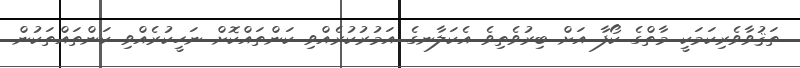
ތަޤުވާވެރިކަމަކީ މާތްގެ ކޯފާ އަށް ބިރުވެތިވެ އެކަލާނގެ އަމުރުކުރެއްވި ކަންތައްކޮށް ނަހީކުރެއްވި ކަންތައްތަކުން